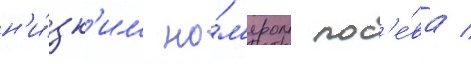
н'и́зк'им но́м'ером пос'е́ва /